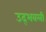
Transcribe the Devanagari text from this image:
उद्‍भवली